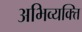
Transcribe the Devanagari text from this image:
अभिव्यक्त्ति